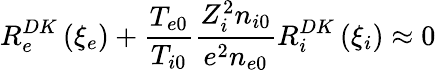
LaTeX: R_{e}^{DK}\left(\xi_{e}\right)+\frac{T_{e0}}{T_{i0}}\frac{Z_{i}^{2}n_{i0}}{e^{2}n_{e0}}R_{i}^{DK}\left(\xi_{i}\right)\approx 0